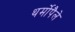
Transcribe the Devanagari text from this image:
थर्मोपैले